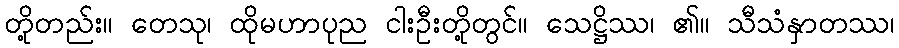
တို့တည်း။ တေသု၊ ထိုမဟာပုည ငါးဦးတို့တွင်။ သေဋ္ဌိဿ၊ ၏။ သီသံနှာတဿ၊